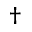
\dagger